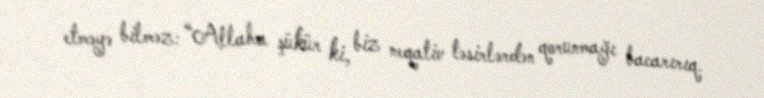
etməyə bilməz: “Allaha şükür ki, biz neqativ təsirlərdən qorunmağı bacarırıq.